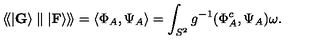
\langle \! \langle \vert { \bf G } \rangle \parallel \vert { \bf F } \rangle \rangle \! \rangle = \langle \Phi _ { A } , \Psi _ { A } \rangle = \int _ { S ^ { 2 } } g ^ { - 1 } ( \Phi _ { A } ^ { c } , \Psi _ { A } ) \omega .